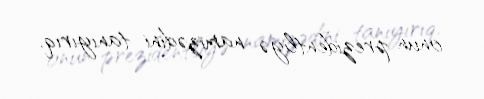
onun prezidentliyə namizədini tanıyırıq.